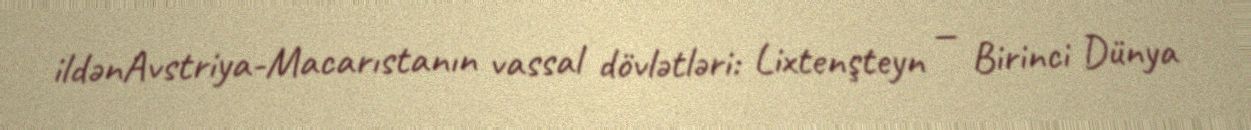
ildənAvstriya-Macarıstanın vassal dövlətləri: Lixtenşteyn — Birinci Dünya